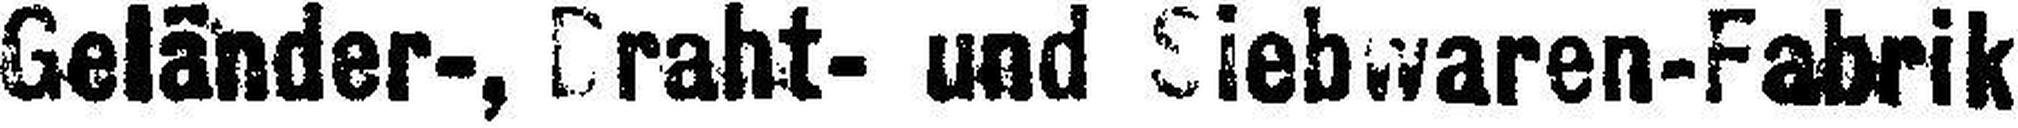
Geländer-, Draht- und Siebwaren-Fabrik